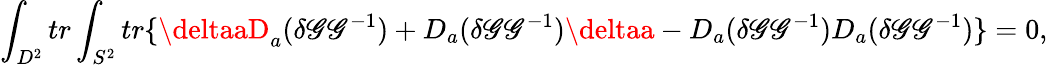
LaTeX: \int_{D^{2}}tr\int_{S^{2}}tr\{ \deltaaD_{a}(\delta\mathscr{G}\mathscr{G}^{-1})+D_{a}(\delta\mathscr{G}\mathscr{G}^{-1})\deltaa-D_{a}(\delta\mathscr{G}\mathscr{G}^{-1})D_{a}(\delta\mathscr{G}\mathscr{G}^{-1})\} =0,